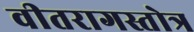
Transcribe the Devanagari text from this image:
वीतरागस्तोत्र